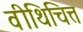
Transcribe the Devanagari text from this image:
वीथिचित्त